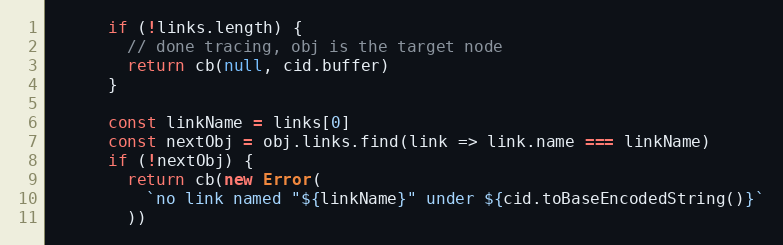
Language: JavaScript
      if (!links.length) {
        // done tracing, obj is the target node
        return cb(null, cid.buffer)
      }

      const linkName = links[0]
      const nextObj = obj.links.find(link => link.name === linkName)
      if (!nextObj) {
        return cb(new Error(
          `no link named "${linkName}" under ${cid.toBaseEncodedString()}`
        ))